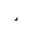
Letter: _hamza